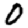
Digit: 0